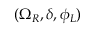
( \Omega _ { R } , \delta , \phi _ { L } )